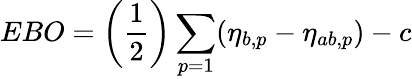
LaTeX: EBO=\left({\frac{1}{2}}\right)\sum_{p=1}(\eta_{b,p}-\eta_{ab,p})-c